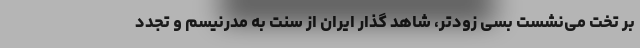
بر تخت می‌نشست بسی زودتر، شاهد گذار ایران از سنت به مدرنیسم و تجدد